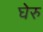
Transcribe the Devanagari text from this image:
घेरु